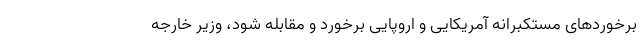
برخوردهای مستکبرانه آمریکایی و اروپایی برخورد و مقابله شود، وزیر خارجه